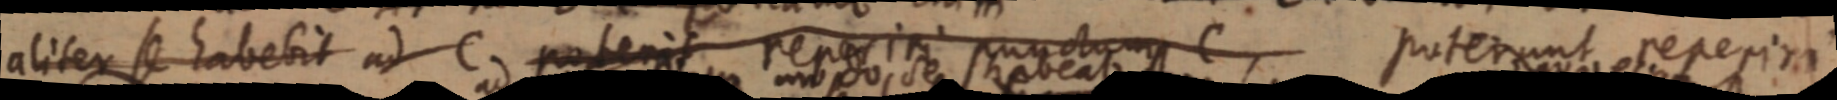
aliter se habebit ad C poterit reperiri punctum C, poterunt reperiri